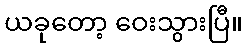
ယခုတော့ ဝေးသွားပြီ။